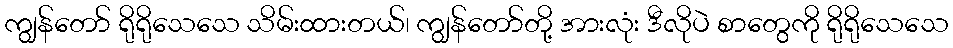
ကျွန်တော် ရိုရိုသေသေ သိမ်းထားတယ်၊ ကျွန်တော်တို့ အားလုံး ဒီလိုပဲ စာတွေကို ရိုရိုသေသေ